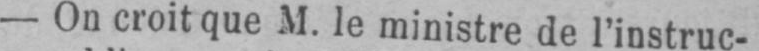
- On croit que M. le ministre de l’instruc-